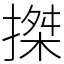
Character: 搩